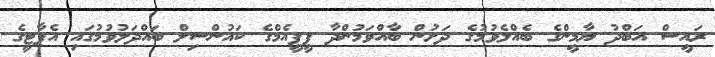
ރައީސް އަބްދު ޔާމީންގެ ބެއްލެވުމުގެ ދަށުން ބާއްވަމުންދާ ޕީޕީއެމްގެ ކައުންސިލް ބައްދަލުވުމުގައި އެޕާޓީގެ